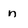
Character: n